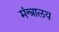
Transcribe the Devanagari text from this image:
मंन्त्रालय